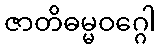
ဇာတိဓမ္မဝဂ္ဂေါ